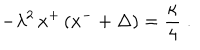
- \lambda ^ { 2 } \, x ^ { + } \left( x ^ { - } + \Delta \right) = { \frac { \kappa } { 4 } } \; .